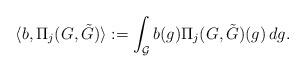
LaTeX: \begin{align*}\langle b, \Pi_{j}(G,\tilde G)\rangle:=\int_{\mathcal G} b(g)\Pi_{j}(G,\tilde G)(g)\,dg.\end{align*}